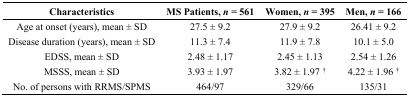
<table><thead><tr><td><b>Characteristics</b></td><td><b>MS Patients, <i>n</i> = 561</b></td><td><b>Women, <i>n</i> = 395</b></td><td><b>Men, <i>n</i> = 166</b></td></tr></thead><tbody><tr><td>Age at onset (years), mean ± SD</td><td>27.5 ± 9.2</td><td>27.9 ± 9.2</td><td>26.41 ± 9.2</td></tr><tr><td>Disease duration (years), mean ± SD</td><td>11.3 ± 7.4</td><td>11.9 ± 7.8</td><td>10.1 ± 5.0</td></tr><tr><td>EDSS, mean ± SD</td><td>2.48 ± 1.17</td><td>2.45 ± 1.13</td><td>2.54 ± 1.26</td></tr><tr><td>MSSS, mean ± SD</td><td>3.93 ± 1.97</td><td>3.82 ± 1.97 <sup>†</sup></td><td>4.22 ± 1.96 <sup>†</sup></td></tr><tr><td>No. of persons with RRMS/SPMS</td><td>464/97</td><td>329/66</td><td>135/31</td></tr></tbody></table>